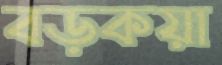
বড়কয়া